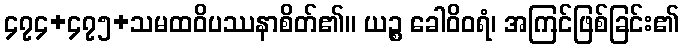
၄၇၄+၄၇၅+သမထဝိပဿနာစိတ်၏။ ယဉ္စ ခေါဝိဝရံ၊ အကြင်ဖြစ်ခြင်း၏